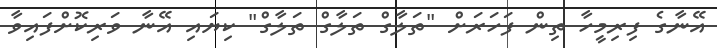
އޭނާގެ ފިރިމީހާ ތިން ފަހަރަށް "ތަލާގް ތަލާގް ތަލާގް" ކިޔައި އޭނާ ވަރިކޮށްފައިވާ